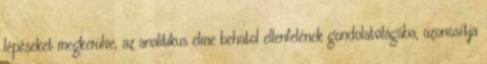
lépéseket megkerülve, az analitikus elme behatol ellenfelének gondolatvilágába, azonosítja